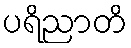
ပရိညာတိ